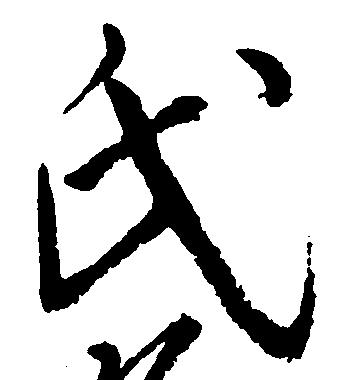
氏